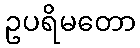
ဥပရိမတော